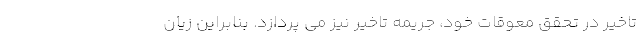
تاخیر در تحقق معوقات خود، جریمه تاخیر نیز می پردازد. بنابراین زیان